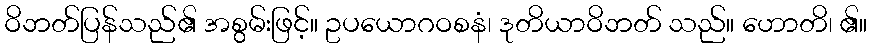
ဝိဘတ်ပြန်သည်၏ အစွမ်းဖြင့်။ ဥပယောဂဝစနံ၊ ဒုတိယာဝိဘတ် သည်။ ဟောတိ၊ ၏။